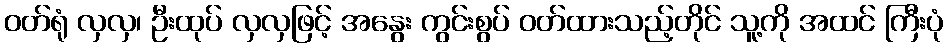
ဝတ်ရုံ လှလှ၊ ဦးထုပ် လှလှဖြင့် အနွေး ကွင်းစွပ် ဝတ်ထားသည့်တိုင် သူ့ကို အထင် ကြီးပုံ